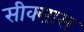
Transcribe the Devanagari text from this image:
सीक्सास